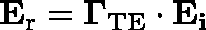
\mathbf { E } _ { \mathrm { r } } = \mathbf { \Gamma } _ { \mathrm { T E } } \cdot \mathbf { E _ { i } }